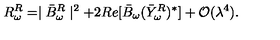
R _ { \omega } ^ { R } = \mid \bar { B } _ { \omega } ^ { R } \mid ^ { 2 } + 2 R e [ \bar { B } _ { \omega } ( \bar { Y } _ { \omega } ^ { R } ) ^ { \ast } ] + { \cal O } ( \lambda ^ { 4 } ) .